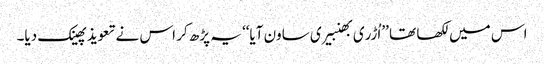
اس میں لکھا تھا ’’اُڑری بھنبیری ساون آیا‘‘ یہ پڑھ کر اس نے تعویذ پھینک دیا۔